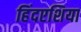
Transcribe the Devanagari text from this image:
हिंदएशिया